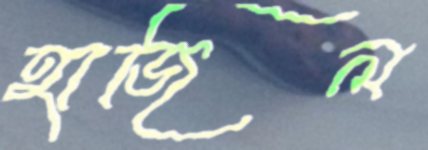
হাজিল